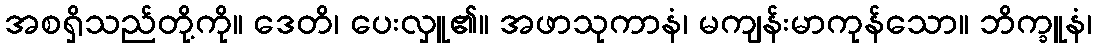
အစရှိသည်တို့ကို။ ဒေတိ၊ ပေးလှူ၏။ အဖာသုကာနံ၊ မကျန်းမာကုန်သော။ ဘိက္ခူနံ၊